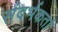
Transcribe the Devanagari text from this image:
संदर्भकर्ता